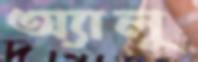
অ্যালু